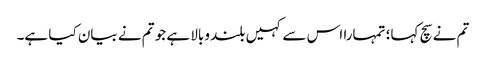
تم نے سچ کہا؛ تمہارا اس سے کہیں بلند وبالا ہے جو تم نے بیان کیا ہے۔